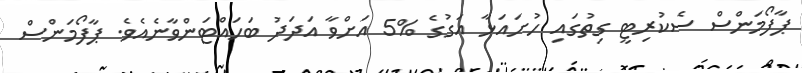
ޕާފޯމަންސް ސެކުރިޓީ ގިތުގައި ހުށައަޅާ އަގުގެ %5 އަށްވާ އަދަދު ބަހައްޓަންވާނެއެވެ. ޕާފޯމަންސް